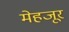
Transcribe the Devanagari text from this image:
मेहजूर